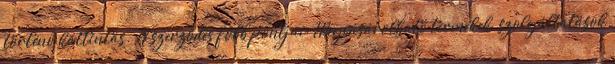
történő kattintás. A szerződés főbb pontjai: Megvásárolható termékek, szolgáltatások